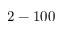
2 - 1 0 0